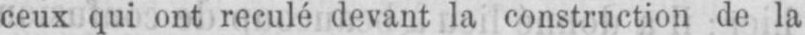
ceux qui ont reculé devant la construction de la